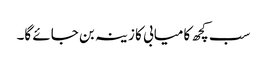
سب کچھ کامیابی کا زینہ بن جائے گا۔